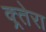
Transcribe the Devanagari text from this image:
क्र्तेरा